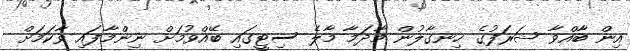
އިން ބާއްވާ ޝަރަފުގެ ހިނގާލުން މާދަމާ މާލެ ސިޓީގައި ބޭއްވުމަށް ނިންމާފައި ވާކަމަށް